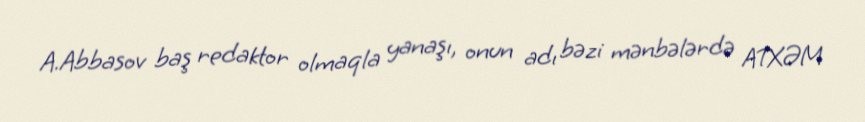
A.Abbasov baş redaktor olmaqla yanaşı, onun adı bəzi mənbələrdə ATXƏM